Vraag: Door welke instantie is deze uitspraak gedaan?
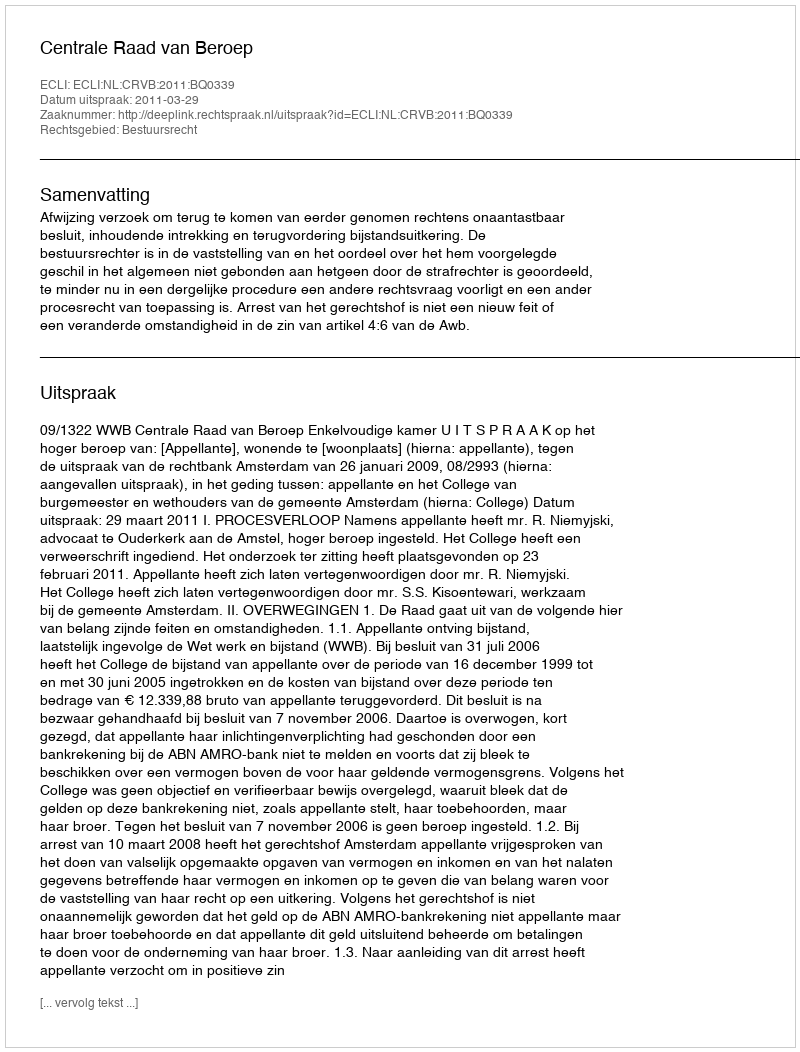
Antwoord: Centrale Raad van Beroep